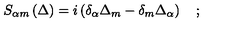
S _ { \alpha m } \left( \Delta \right) = i \left( \delta _ { \alpha } \Delta _ { m } - \delta _ { m } \Delta _ { \alpha } \right) \quad ;